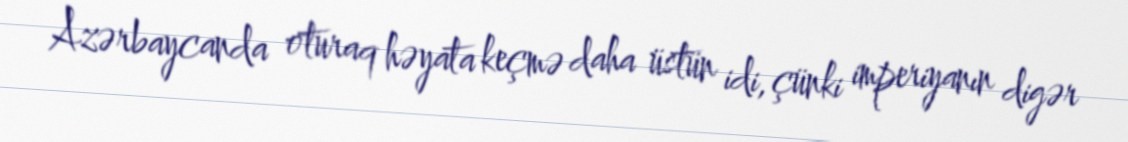
Azərbaycanda oturaq həyata keçmə daha üstün idi, çünki imperiyanın digər